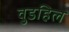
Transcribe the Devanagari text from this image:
वुडहिल